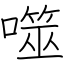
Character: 噬